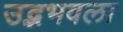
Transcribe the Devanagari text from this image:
उद्भभवला